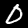
Digit: 0